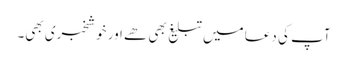
آپ کی دعا میں تبلیغ بھی ھے اور خوشخبری بھی۔